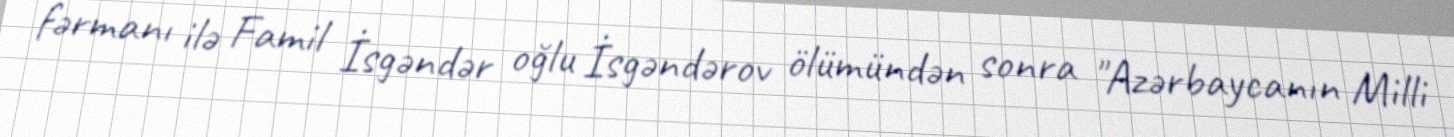
fərmanı ilə Famil İsgəndər oğlu İsgəndərov ölümündən sonra "Azərbaycanın Milli